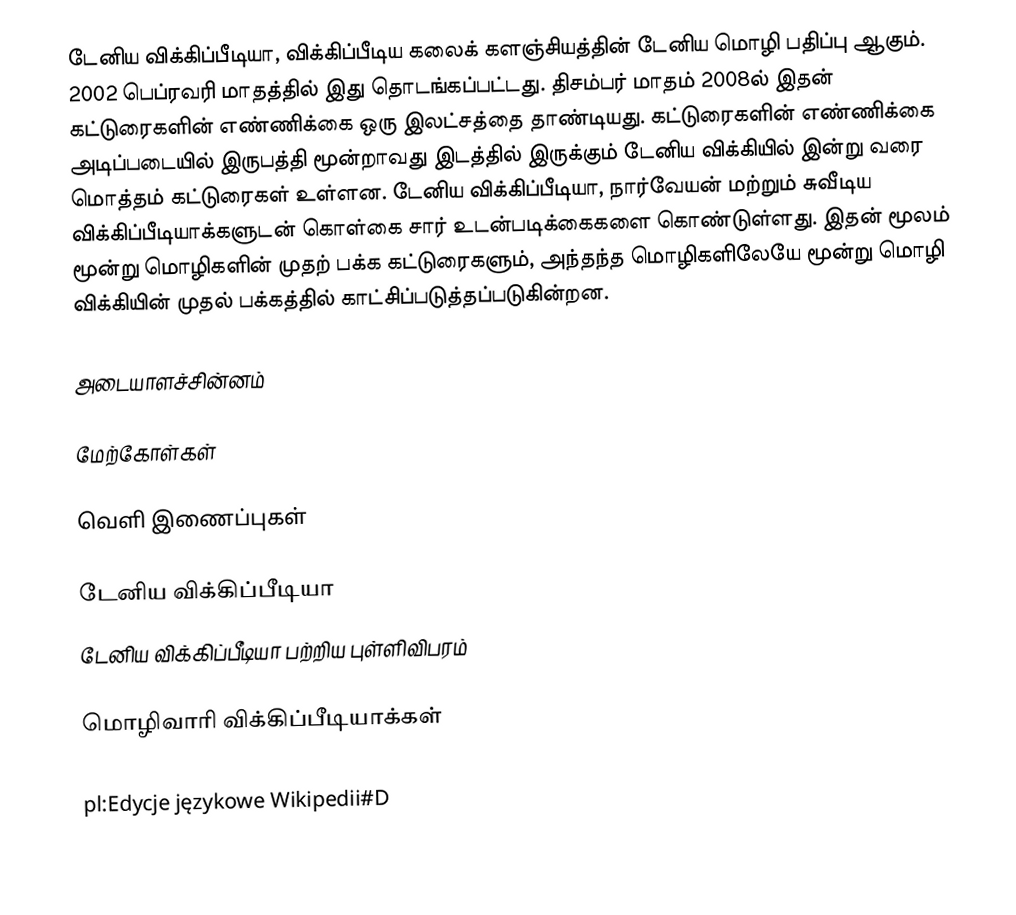
டேனிய விக்கிப்பீடியா, விக்கிப்பீடிய கலைக் களஞ்சியத்தின் டேனிய மொழி பதிப்பு ஆகும். 2002 பெப்ரவரி மாதத்தில் இது தொடங்கப்பட்டது. திசம்பர் மாதம் 2008ல் இதன் கட்டுரைகளின் எண்ணிக்கை ஒரு இலட்சத்தை தாண்டியது. கட்டுரைகளின் எண்ணிக்கை அடிப்படையில் இருபத்தி மூன்றாவது இடத்தில் இருக்கும் டேனிய விக்கியில் இன்று வரை மொத்தம் கட்டுரைகள் உள்ளன. டேனிய விக்கிப்பீடியா, நார்வேயன் மற்றும் சுவீடிய விக்கிப்பீடியாக்களுடன் கொள்கை சார் உடன்படிக்கைகளை கொண்டுள்ளது. இதன் மூலம் மூன்று மொழிகளின் முதற் பக்க கட்டுரைகளும், அந்தந்த மொழிகளிலேயே மூன்று மொழி விக்கியின் முதல் பக்கத்தில் காட்சிப்படுத்தப்படுகின்றன.

அடையாளச்சின்னம்

மேற்கோள்கள்

வெளி இணைப்புகள்

டேனிய விக்கிப்பீடியா
டேனிய விக்கிப்பீடியா பற்றிய புள்ளிவிபரம்

 மொழிவாரி விக்கிப்பீடியாக்கள்

pl:Edycje językowe Wikipedii#D